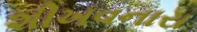
શીખવનારા